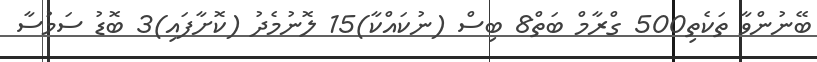
ބޭނުންވާ ތަކެތި500 ގްރާމް ބަތް8 ބިސް (ނުކައްކާ)15 ލޮނުމެދު (ކޮށާފައި)3 ބޮޑު ސަމުސާ